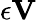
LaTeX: \epsilon{\mathbf V}